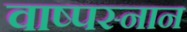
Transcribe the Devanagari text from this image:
वाष्पस्नान